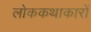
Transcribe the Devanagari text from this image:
लोककथाकारों